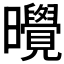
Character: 𪱔